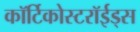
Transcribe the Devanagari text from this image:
कॉर्टिकोस्टरॉईड्स